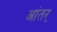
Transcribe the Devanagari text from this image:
आंतर्